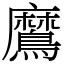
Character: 䳸